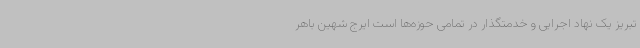
تبریز یک نهاد اجرایی و خدمتگذار در تمامی حوزه‌ها است ایرج شهین باهر